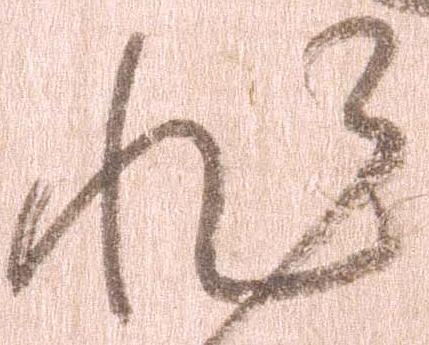
非